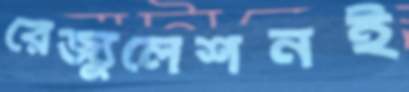
রেজ্যুলেশনই